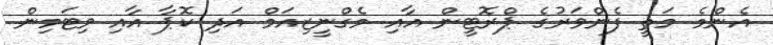
އެންމެ މަތީ ފެންވަރުގެ ޕްރޮޓީން އާއި މެގްނީޒިއަމް އަދި ކޮޕާ އާއި ވިޓަމިން